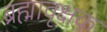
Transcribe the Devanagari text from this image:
ब्रह्मावृक्षक